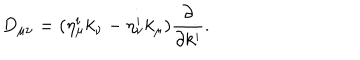
D _ { \mu \nu } = ( \eta _ { \mu } ^ { i } k _ { \nu } - \eta _ { \nu } ^ { i } k _ { \mu } ) { \frac { \partial } { \partial k ^ { i } } } .